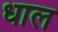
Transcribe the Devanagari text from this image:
धाल